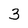
Character: 3